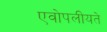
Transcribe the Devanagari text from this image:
एवोपलीयते